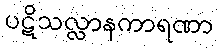
ပဋိသလ္လာနကာရဏာ